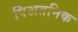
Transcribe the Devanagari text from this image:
पिअतनिक